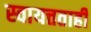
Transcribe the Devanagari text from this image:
स्वायत्तताही